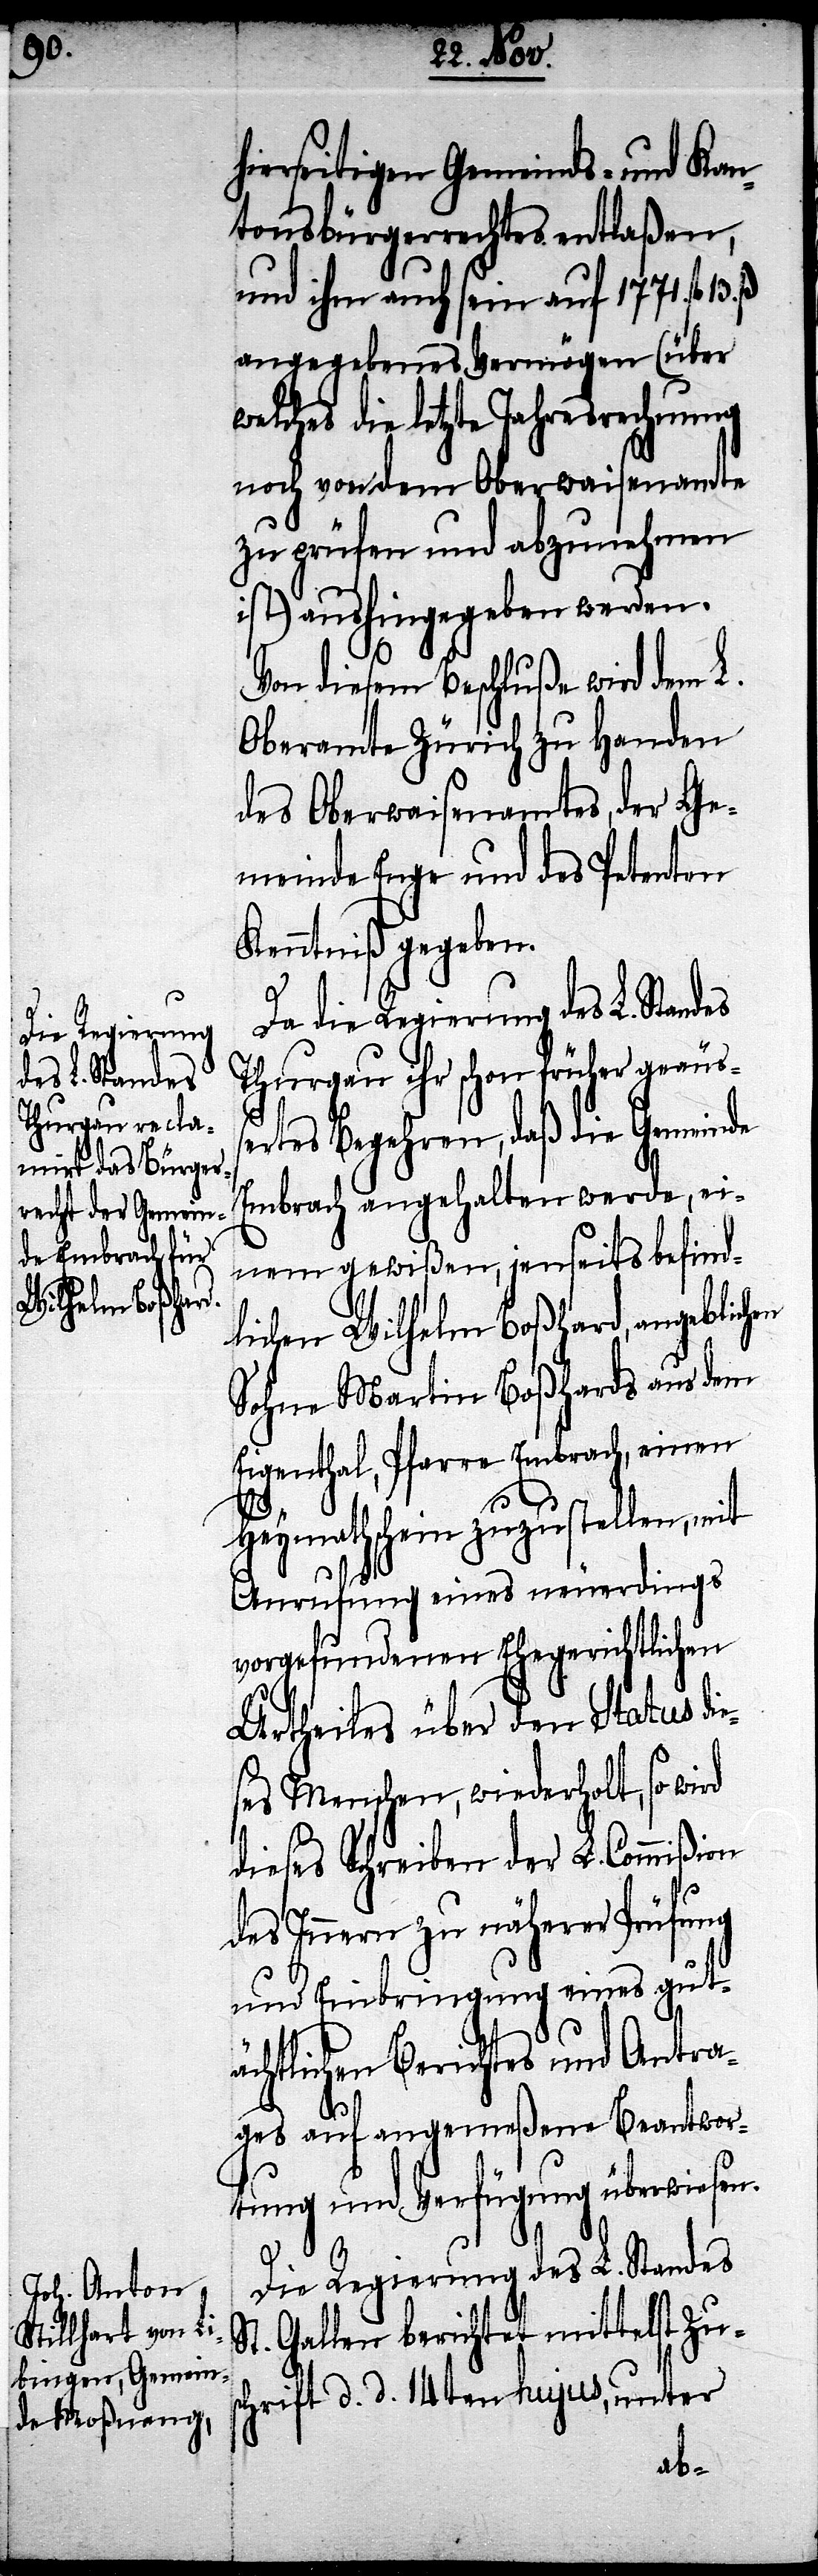
die Regierung
des L. Standes

hierseitigen Gemeinds- und Kan¬
tonsbürgerrechtes entlaßen,
und ihm auch sein auf 1771 fl.
angegebenes Vermögen (über
welches die letzte Jahresrechnung
noch von dem Oberwaisenamte
zu prüfen und anzunehmen
ist) aushingegeben werden.
Von diesem Beschluße wird dem L.
Oberamte Zürich zu Handen
des Oberwaisenamtes der Ge¬
meinde Enge und des Petenten
Kenntniß gegeben.
Thurgau ihr schon früher geäuß¬
ertes Begehren, daß die Gemeinde
Embrach angehalten werde, ei¬
nem gewißen, jenseits befind¬
lichen Wilhelm Boßhard, angeblichen
Sohne Martin Boßhards aus dem
Eigenthal, Pfarre Embrach, einen
Heymathschein zuzustellen, mit
Anrufung eines neuerdings
vorgefundenen Ehegerichtlichen
Urtheiles über den Status di¬
ses Menschen, wiederholt, so wi¬
dieses Schreiben der L. Commißion
des Innern zu näherer
und Einbringung eines gutä¬
chtlichen Berichts und Antra¬
gs auf angemeßene Beantwor¬
tung und Verfügung überwiesen.
S¬
Die Regierung des L. Standes
t. Gallen berichtet mittelst Zus¬
chrift d. d. 14ten hujus, unter